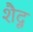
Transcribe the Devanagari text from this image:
शैदू